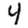
Digit: 4